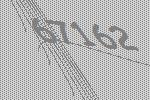
67162